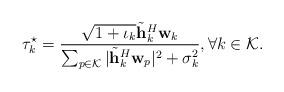
LaTeX: \begin{align*} \tau_{k}^\star = \frac{\sqrt{1 + \iota_{k}}\tilde{\mathbf{h}}_{k}^H\mathbf{w}_{k}}{\sum_{p \in \mathcal{K}}|\tilde{\mathbf{h}}_{k}^H\mathbf{w}_{p}|^2 + \sigma_{k}^2}, \forall k \in \mathcal{K}.\end{align*}